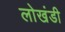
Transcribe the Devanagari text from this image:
लाेखंडी